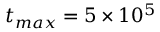
t _ { m a x } = 5 \times 1 0 ^ { 5 }